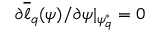
\partial \overline { { \ell } } _ { q } ( \psi ) / \partial \psi | _ { \psi _ { q } ^ { * } } = 0